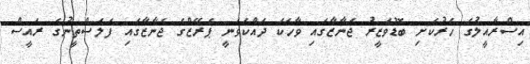
އިސްރާއީލުގެ ހަރުކަށި ބޮޑުވަޒީރު ޖަނާޒާގައި ވާހަކަ ދައްކަވަނީ ޕެރޭޒްގެ ޖަނާޒާގައި ފަލަސްތީނުގެ ރައީސް